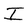
Character: I